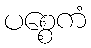
ပစ္စေကံ